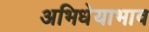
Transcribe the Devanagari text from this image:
अभिधेयाभाव